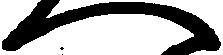
へ